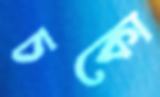
চকো